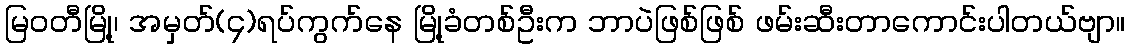
မြဝတီမြို့၊ အမှတ်(၄)ရပ်ကွက်နေ မြို့ခံတစ်ဦးက ဘာပဲဖြစ်ဖြစ် ဖမ်းဆီးတာကောင်းပါတယ်ဗျာ။